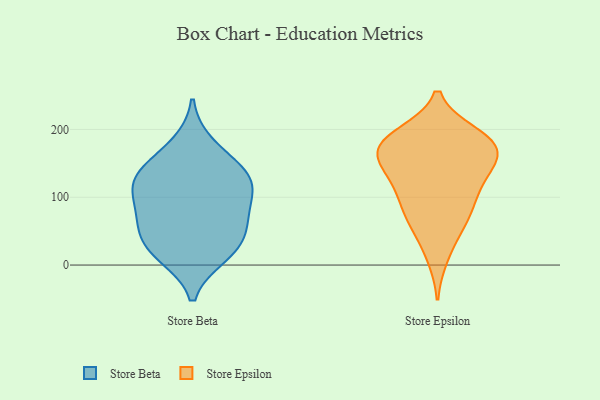
{"axis": {"x": "Shipments", "y": "Value"}, "legend": ["Store Beta", "Store Epsilon"], "data": [{"x": "", "y": 144, "type": "Store Beta"}, {"x": "", "y": 89, "type": "Store Beta"}, {"x": "", "y": 72, "type": "Store Beta"}, {"x": "", "y": 67, "type": "Store Beta"}, {"x": "", "y": 34, "type": "Store Beta"}, {"x": "", "y": 133, "type": "Store Beta"}, {"x": "", "y": 17, "type": "Store Beta"}, {"x": "", "y": 131, "type": "Store Beta"}, {"x": "", "y": 44, "type": "Store Beta"}, {"x": "", "y": 178, "type": "Store Beta"}, {"x": "", "y": 14, "type": "Store Beta"}, {"x": "", "y": 117, "type": "Store Beta"}, {"x": "", "y": 113, "type": "Store Beta"}, {"x": "", "y": 13, "type": "Store Epsilon"}, {"x": "", "y": 77, "type": "Store Epsilon"}, {"x": "", "y": 192, "type": "Store Epsilon"}, {"x": "", "y": 191, "type": "Store Epsilon"}, {"x": "", "y": 175, "type": "Store Epsilon"}, {"x": "", "y": 75, "type": "Store Epsilon"}, {"x": "", "y": 150, "type": "Store Epsilon"}, {"x": "", "y": 131, "type": "Store Epsilon"}, {"x": "", "y": 131, "type": "Store Epsilon"}, {"x": "", "y": 111, "type": "Store Epsilon"}, {"x": "", "y": 48, "type": "Store Epsilon"}, {"x": "", "y": 116, "type": "Store Epsilon"}, {"x": "", "y": 166, "type": "Store Epsilon"}, {"x": "", "y": 174, "type": "Store Epsilon"}, {"x": "", "y": 77, "type": "Store Epsilon"}, {"x": "", "y": 170, "type": "Store Epsilon"}, {"x": "", "y": 167, "type": "Store Epsilon"}, {"x": "", "y": 187, "type": "Store Epsilon"}]}